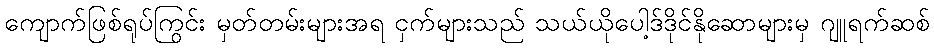
ကျောက်ဖြစ်ရုပ်ကြွင်း မှတ်တမ်းများအရ ငှက်များသည် သယ်ယိုပေါ့ဒ်ဒိုင်နိုဆောများမှ ဂျူရက်ဆစ်